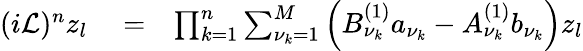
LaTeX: \begin{array}{rlr}{(i\mathcal{L})^{n}z_{l}}&{{}=}&{\prod_{k=1}^{n}\sum_{\nu_{k}=1}^{M}\left(B_{\nu_{k}}^{(1)}a_{\nu_{k}}-A_{\nu_{k}}^{(1)}b_{\nu_{k}}\right)z_{l}}\end{array}